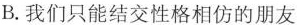
B.我们只能结交性格相仿的朋友